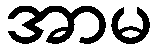
အာမ